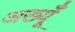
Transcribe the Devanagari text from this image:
अख्यूँ